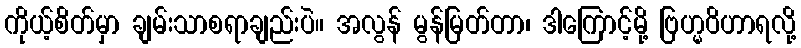
ကိုယ့်စိတ်မှာ ချမ်းသာစရာချည်းပဲ။ အလွန် မွန်မြတ်တာ၊ ဒါကြောင့်မို့ ဗြဟ္မဝိဟာရလို့